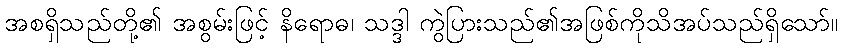
အစရှိသည်တို့၏ အစွမ်းဖြင့် နိရောဓ၊ သဒ္ဒါ ကွဲပြားသည်၏အဖြစ်ကိုသိအပ်သည်ရှိသော်။